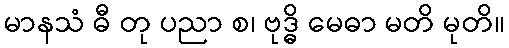
မာနသံ ဓီ တု ပညာ စ၊ ဗုဒ္ဓိ မေဓာ မတိ မုတိ။